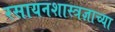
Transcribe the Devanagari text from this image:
रसायनशास्त्रज्ञाच्या